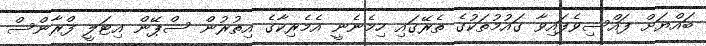
ބައްޔަށް ފައްސިވެފައިވާ ގައުމުތަކުގެ ތެރޭގައި ހިމެނެނީ އެމެރިކާގެ އިތުރުން ސްޕޭން އިޓަލީ ފްރާންސް